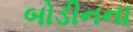
બોડીનના